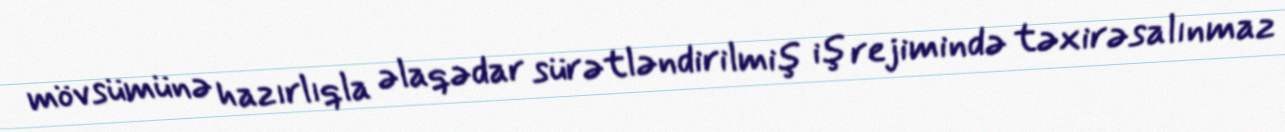
mövsümünə hazırlıqla əlaqədar sürətləndirilmiş iş rejimində təxirəsalınmaz